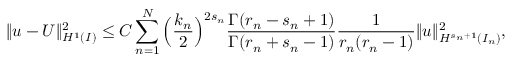
\begin{array} { r } { \| u - U \| _ { H ^ { 1 } ( I ) } ^ { 2 } \le C \displaystyle \sum _ { n = 1 } ^ { N } \Big ( \displaystyle \frac { k _ { n } } { 2 } \Big ) ^ { 2 s _ { n } } \displaystyle \frac { \Gamma ( r _ { n } - s _ { n } + 1 ) } { \Gamma ( r _ { n } + s _ { n } - 1 ) } \displaystyle \frac { 1 } { r _ { n } ( r _ { n } - 1 ) } \| u \| _ { H ^ { s _ { n } + 1 } ( I _ { n } ) } ^ { 2 } , } \end{array}